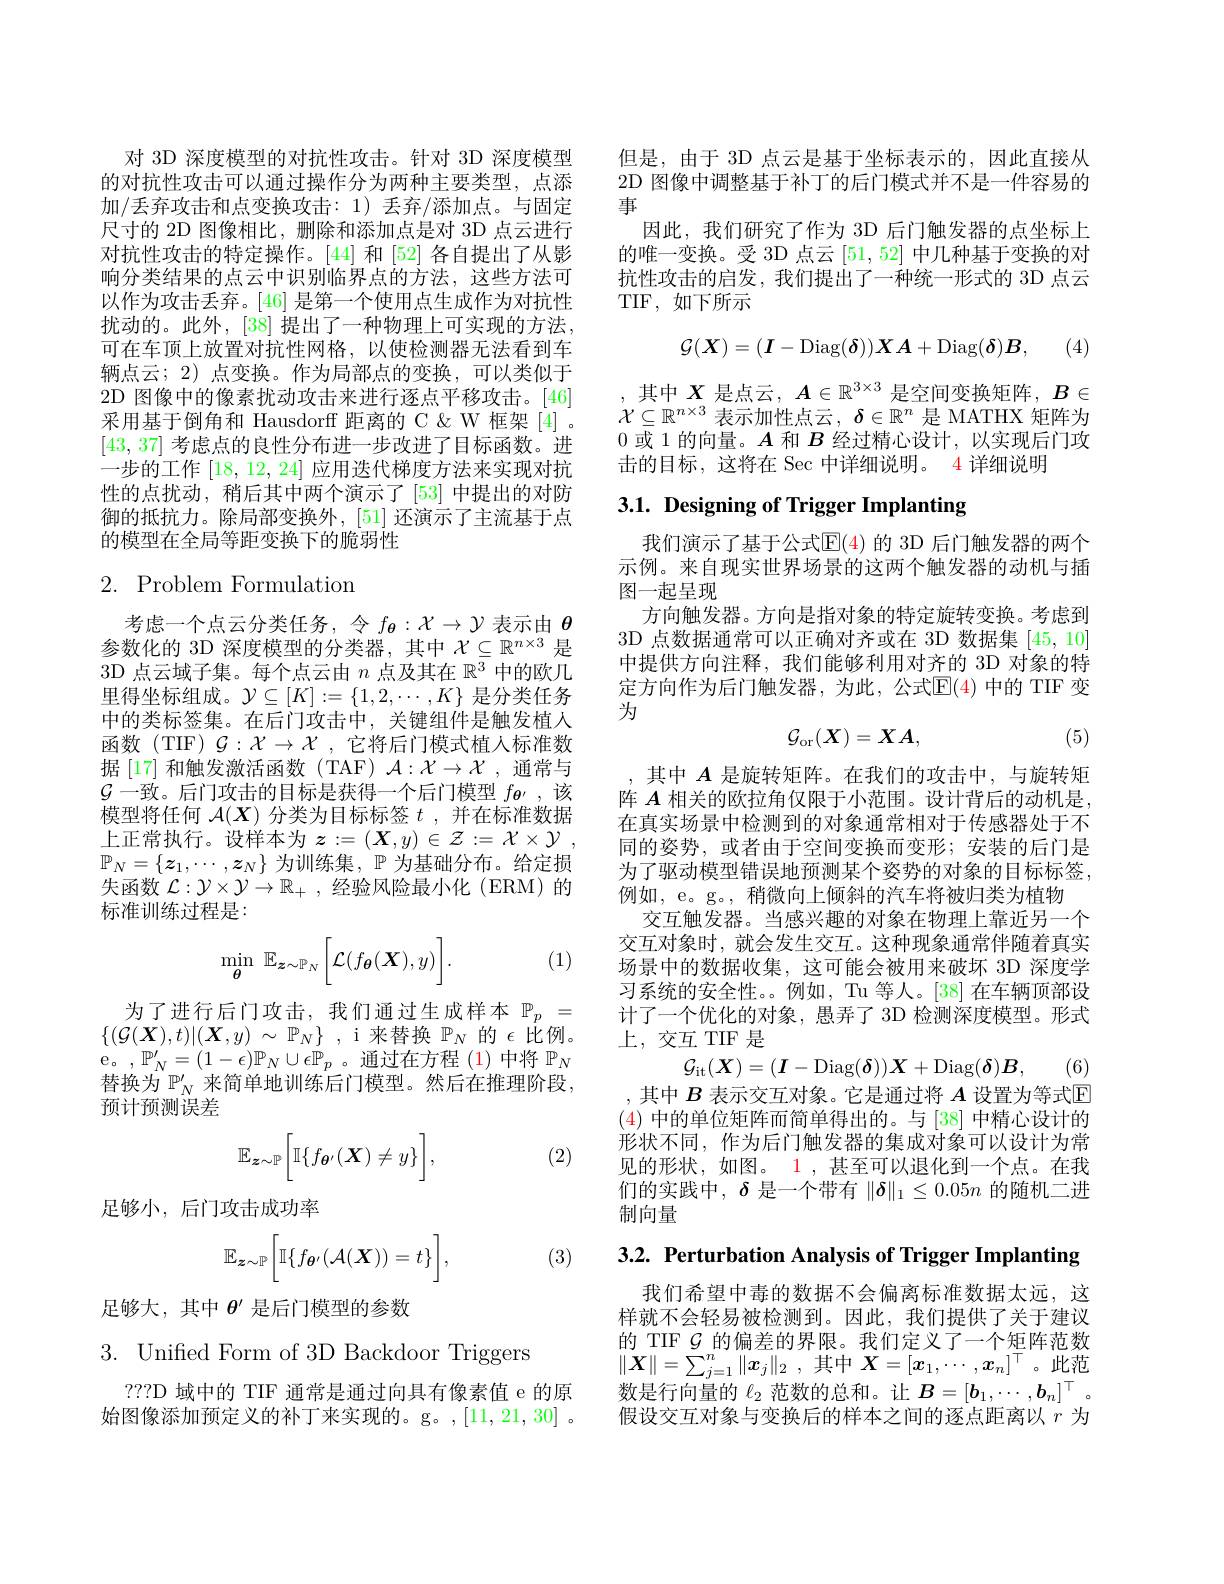
对 3D 深度模型的对抗性攻击。针对 3D 深度模型的对抗性攻击可以通过操作分为两种主要类型，点添加/丢弃攻击和点变换攻击：1)丢弃/添加点。与固定尺寸的 2D 图像相比，删除和添加点是对 3D 点云进行对抗性攻击的特定操作。[44] 和[52] 各自提出了从影响分类结果的点云中识别临界点的方法，这些方法可以作为攻击丢弃。[46] 是第一个使用点生成作为对抗性扰动的。此外，[38] 提出了一种物理上可实现的方法， 可在车顶上放置对抗性网格，以使检测器无法看到车辆点云；2)点变换。作为局部点的变换，可以类似于2D 图像中的像素扰动攻击来进行逐点平移攻击。[46] 采用基于倒角和 Hausdorff 距离的 C & W 框架 [4] 。[43,37]考虑点的良性分布进一步改进了目标函数。进一步的工作[18,12,24]应用迭代梯度方法来实现对抗性的点扰动，稍后其中两个演示了[53] 中提出的对防御的抵抗力。除局部变换外，[51] 还演示了主流基于点的模型在全局等距变换下的脆弱性

# 2. Problem Formulation

考虑一个点云分类任务，令$f_{\boldsymbol{\theta}}:\mathcal{X}\to\mathcal{Y}$表示由$\theta$ 参数化的 3D 深度模型的分类器，其中$\mathcal{X}\subseteq\mathbb{R}^{n\times3}$是3D 点云域子集。每个点云由$n$点及其在$\mathbb{R}^3$中的欧几里得坐标组成。$\mathcal{Y}\subseteq[K]:=\{1,2,\cdots,K\}$是分类任务中的类标签集。在后门攻击中，关键组件是触发植入函数(TIF)$\mathcal{G}:\mathcal{X}\to\mathcal{X}$,它将后门模式植人标准数据[17]和触发激活函数(TAF)$\mathcal{A}:\mathcal{X}\to\mathcal{X}$,通常与$\mathcal{G}$一致。后门攻击的目标是获得一个后门模型$f_{\boldsymbol{\theta}\prime}$,该模型将任何$\mathcal{A}(\boldsymbol{X})$分类为目标标签$t$ ,并在标准数据上正常执行。设样本为$z: = ( \boldsymbol{X}, y) \in \mathcal{Z} : = \mathcal{X} \times \mathcal{Y}$ , $\mathbb{P}_N=\{\boldsymbol{z}_1,\cdots,\boldsymbol{z}_N\}$为训练集，$\mathbb{P}$为基础分布。给定损失函数$\mathcal{L}:\mathcal{Y}\times\mathcal{Y}\to\mathbb{R}_+$,经验风险最小化 (ERM)的标准训练过程是：

(1)
$$\min\limits_{\boldsymbol{\theta}}\:\mathbb{E}_{\boldsymbol{z}\sim\mathbb{P}_N}\bigg[\mathcal{L}(f_{\boldsymbol{\theta}}(\boldsymbol{X}),y)\bigg].$$
为了进行后门攻击，我们通过生成样本$\mathbb{P}_p=$ $\{ ( \mathcal{G} ( \boldsymbol{X}) , t) | ( \boldsymbol{X}, y)$ $\sim$ $\mathbb{P} _{N}\}$ , i 来替换$\mathbb{P}_{N}$的$\epsilon$比例。e。,$\mathbb{P}_N^\prime=(1-\epsilon)\mathbb{P}_N\cup\epsilon\mathbb{P}_p$ 。通过在方程 (1)中将$\mathbb{P}_N$ 替换为$\mathbb{P}_N^\prime$来简单地训练后门模型。然后在推理阶段， 预计预测误差
$$\mathbb{E}_{\boldsymbol{z}\sim\mathbb{P}}\bigg[\mathbb{I}\{f_{\boldsymbol{\theta}'}(\boldsymbol{X})\neq y\}\bigg],$$
(2)

足够小，后门攻击成功率
$$\mathbb{E}_{\boldsymbol{z}\sim\mathbb{P}}\bigg[\mathbb{I}\{f_{\boldsymbol{\theta}'}(\mathcal{A}(\boldsymbol{X}))=t\}\bigg],$$
(3)

足够大，其中$\theta^{\prime}$是后门模型的参数

3. Unified Form of 3D Backdoor Triggers

???D 域中的 TIF 通常是通过向具有像素值 e 的原始图像添加预定义的补丁来实现的。g。,[11,21,30] 。

但是，由于 3D 点云是基于坐标表示的，因此直接从2D 图像中调整基于补丁的后门模式并不是一件容易的事
因此，我们研究了作为 3D 后门触发器的点坐标上的唯一变换。受 3D 点云[51,52]中几种基于变换的对抗性攻击的启发，我们提出了一种统一形式的 3D 点云TIF,如下所示
$$\mathcal{G}(\boldsymbol{X})=(\boldsymbol{I}-\mathrm{Diag}(\boldsymbol{\delta}))\boldsymbol{X}\boldsymbol{A}+\mathrm{Diag}(\boldsymbol{\delta})\boldsymbol{B},$$
(4)

, 其中 $X$ 是点云$,A\in\mathbb{R}^3\times3$ 是空间变换矩阵$,B\in$ $\mathcal{X}\subseteq\mathbb{R}^{n\times3}$ 表示加性点云$,\delta\in\mathbb{R}^n$ 是 MATHX 矩阵为0 或 1 的向量。$A$和$B$经过精心设计，以实现后门攻击的目标，这将在 Sec 中详细说明。4 详细说明

## 3.1. Designing of Trigger Implanting

我们演示了基于公式$\mathbb{E}(4)$ 的 3D 后门触发器的两个示例。来自现实世界场景的这两个触发器的动机与插图一起呈现
方向触发器。方向是指对象的特定旋转变换。考虑到3D 点数据通常可以正确对齐或在 3D 数据集[45,10] 中提供方向注释，我们能够利用对齐的 3D 对象的特定方向作为后门触发器，为此，公式$\mathbb{E}(4)$ 中的 TIF 变为
$$\mathcal{G}_{\mathrm{or}}(X)=XA,$$
(5)

,其中$A$是旋转矩阵。在我们的攻击中，与旋转矩阵$A$相关的欧拉角仅限于小范围。设计背后的动机是， 在真实场景中检测到的对象通常相对于传感器处于不同的姿势，或者由于空间变换而变形；安装的后门是为了驱动模型错误地预测某个姿势的对象的目标标签， 例如，e。g。, 稍微向上倾斜的汽车将被归类为植物
交互触发器。当感兴趣的对象在物理上靠近另一个交互对象时，就会发生交互。这种现象通常伴随着真实场景中的数据收集，这可能会被用来破坏 3D 深度学习系统的安全性。。例如，Tu 等人。[38] 在车辆顶部设计了一个优化的对象，愚弄了 3D 检测深度模型。形式上，交互 TIF 是
$$\mathcal{G}_\mathrm{it}(\boldsymbol{X})=(\boldsymbol{I}-\mathrm{Diag}(\boldsymbol{\delta}))\boldsymbol{X}+\mathrm{Diag}(\boldsymbol{\delta})\boldsymbol{B},$$
,其中$B$表示交互对象。它是通过将$A$设置为等式$\mathbb{E}$

(4)中的单位矩阵而简单得出的。与 [38] 中精心设计的形状不同，作为后门触发器的集成对象可以设计为常见的形状，如图。1 , 甚至可以退化到一个点。在我们的实践中，$\delta$是一个带有$\|\delta\|_1\leq0.05n$的随机二进制向量

3.2. Perturbation Analysis of Trigger Implanting

我们希望中毒的数据不会偏离标准数据太远，这样就不会轻易被检测到。因此，我们提供了关于建议的 TIF $\mathcal{G}$的偏差的界限。我们定义了一个矩阵范数$\|X\|=\sum_{j=1}^n\|x_j\|_2$ ,其中$X=[x_1,\cdots,x_n]^\top$ 。此范数是行向量的$\ell_2$范数的总和。让$B=[b_1,\cdots,b_n]^\top$。假设交互对象与变换后的样本之间的逐点距离以$r$为